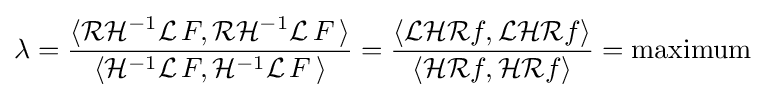
\lambda ={\frac {\langle {\mathcal {R}}{\mathcal {H}}^{-1}{\mathcal {L}}\,F,{\mathcal {R}}{\mathcal {H}}^{-1}{\mathcal {L}}\,F\,\rangle }{\langle {\mathcal {H}}^{-1}{\mathcal {L}}\,F,{\mathcal {H}}^{-1}{\mathcal {L}}\,F\,\rangle }}={\frac {\langle {\mathcal {L}}{\mathcal {H}}{\mathcal {R}}f,{\mathcal {L}}{\mathcal {H}}{\mathcal {R}}f\rangle }{\langle {\mathcal {H}}{\mathcal {R}}f,{\mathcal {H}}{\mathcal {R}}f\rangle }}={\mbox{maximum}}